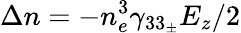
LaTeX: \Delta n=-n_{e}^{3}{{\gamma}_{33_{\pm}}}{{E}_{z}}/2